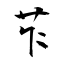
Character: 苲